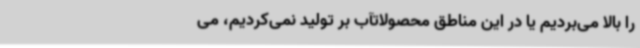
را بالا می‌بردیم یا در این مناطق محصولاتآب بر تولید نمی‌کردیم، می